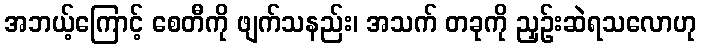
အဘယ့်ကြောင့် စေတီကို ဖျက်သနည်း၊ အသက် တခုကို ညှဉ်းဆဲရသလောဟု